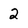
Character: 2